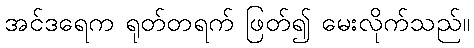
အင်ဒရေက ရုတ်တရက် ဖြတ်၍ မေးလိုက်သည်။